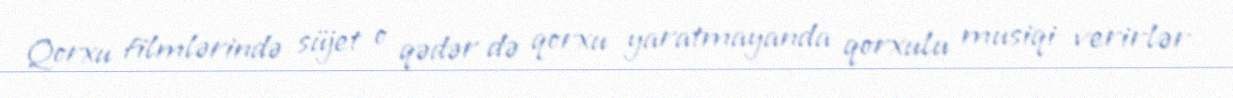
Qorxu filmlərində süjet o qədər də qorxu yaratmayanda qorxulu musiqi verirlər